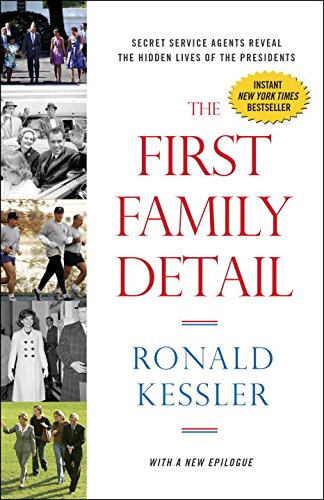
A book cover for The First Family Detail: Secret Service Agents Reveal the Hidden Lives of the Presidents; Ronald Kessler; History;